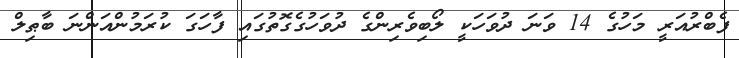
ފެބްރުއަރީ މަހުގެ 14 ވަނަ ދުވަހަކީ ލޯބިވެރިންގެ ދުވަހުގެގޮތުގައި ފާހަގަ ކުރަމުންއަންނަ ބާޠިލް